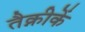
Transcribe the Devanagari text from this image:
तैक्नीकें